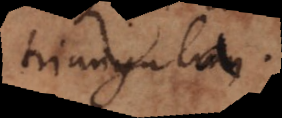
triangula.